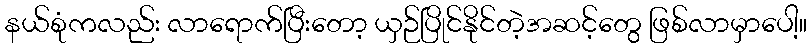
နယ်စုံကလည်း လာရောက်ပြီးတော့ ယှဉ်ပြိုင်နိုင်တဲ့အဆင့်တွေ ဖြစ်လာမှာပေါ့။